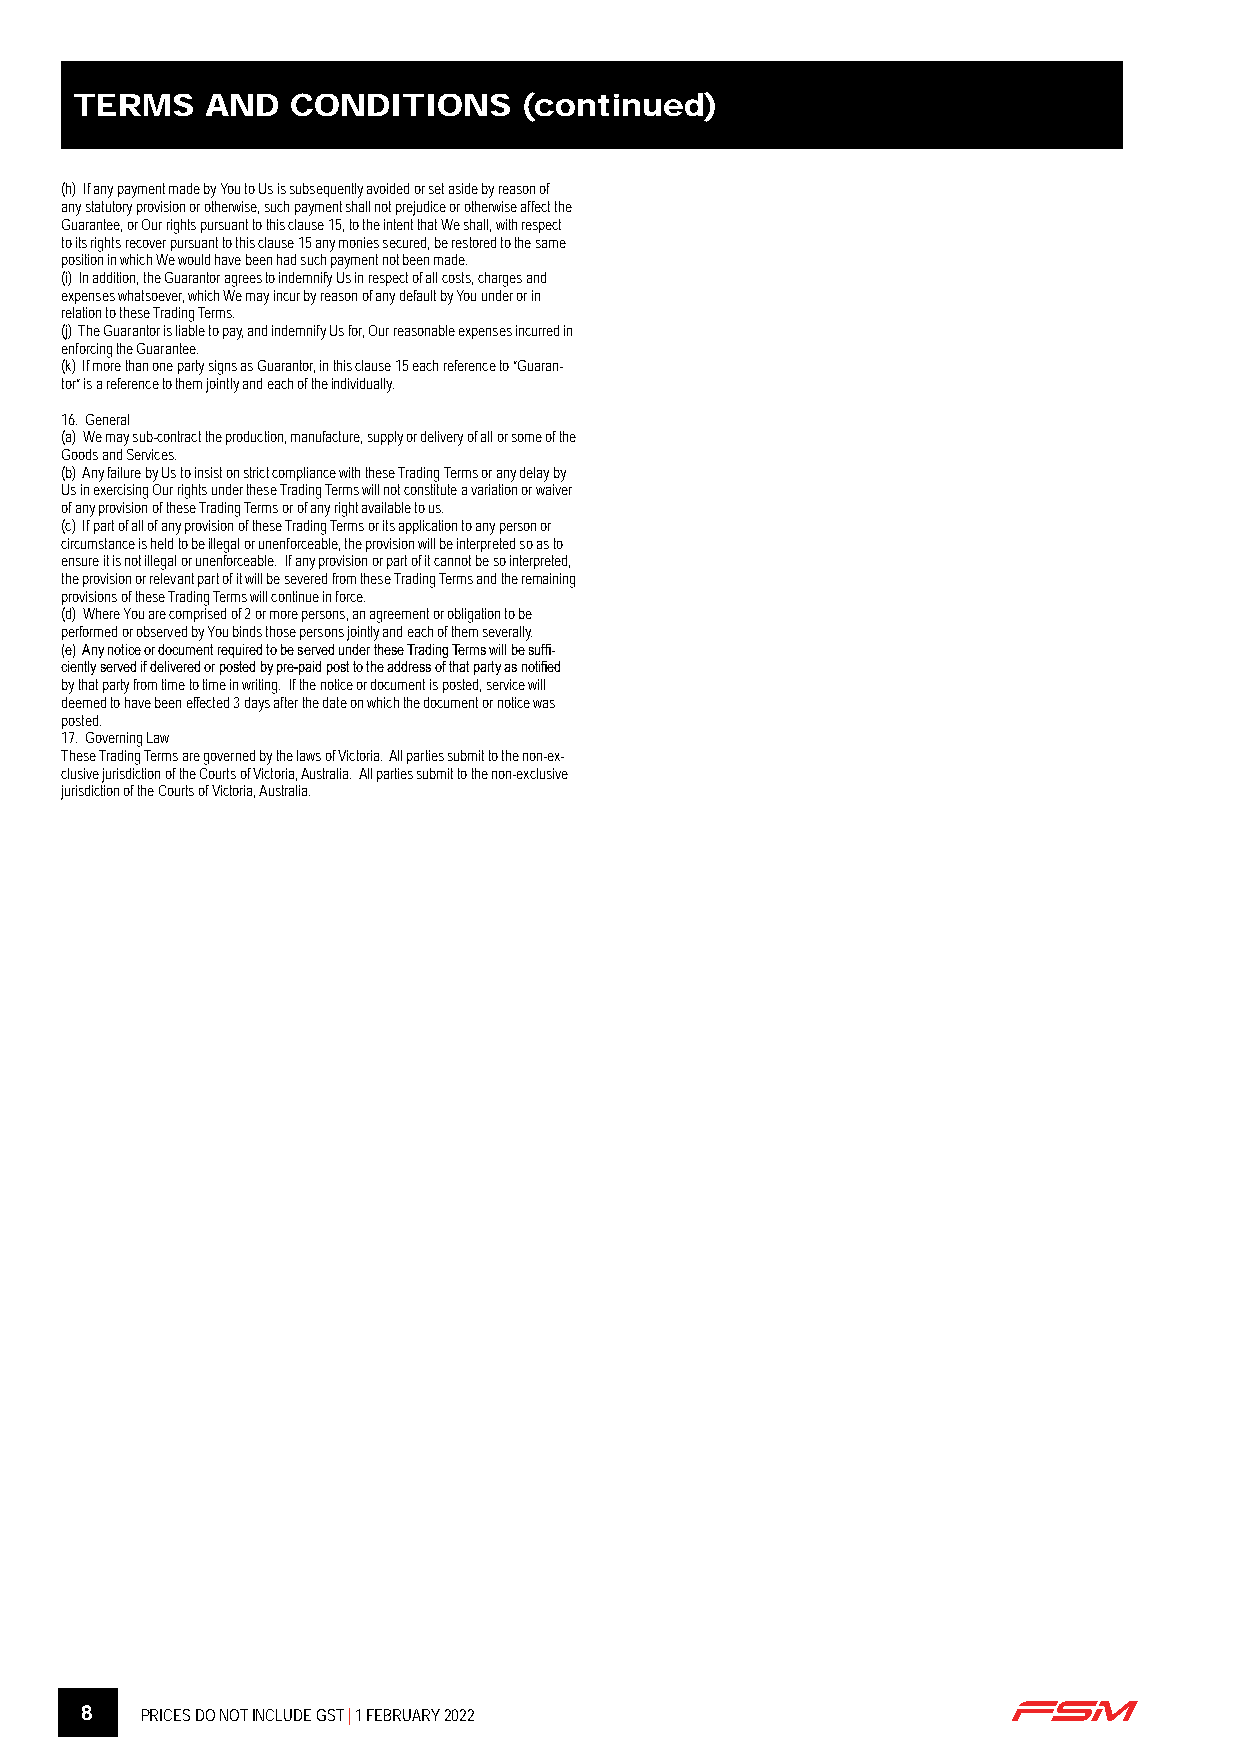
TERMS    AND  CONDITIONS      (continued)
 (h) If any payment made by You to Us is subsequently avoided or set aside by reason of
 any statutory provision or otherwise, such payment shall not prejudice or otherwise affect the
 Guarantee, or Our rights pursuant to this clause 15, to the intent that We shall, with respect
 to its rights recover pursuant to this clause 15 any monies secured, be restored to the same
 position in which We would have been had such payment not been made.
 (i) In addition, the Guarantor agrees to indemnify Us in respect of all costs, charges and
 expenses whatsoever, which We may incur by reason of any default by You under or in
 relation to these Trading Terms.
 (j) The Guarantor is liable to pay, and indemnify Us for, Our reasonable expenses incurred in
 enforcing the Guarantee.
 (k) If more than one party signs as Guarantor, in this clause 15 each reference to “Guaran-
 tor” is a reference to them jointly and each of the individually.
 16. General
 (a) We may sub-contract the production, manufacture, supply or delivery of all or some of the
 Goods and Services.
 (b) Any failure by Us to insist on strict compliance with these Trading Terms or any delay by
 Us in exercising Our rights under these Trading Terms will not constitute a variation or waiver
 of any provision of these Trading Terms or of any right available to us.
 (c) If part of all of any provision of these Trading Terms or its application to any person or
 circumstance is held to be illegal or unenforceable, the provision will be interpreted so as to
 ensure it is not illegal or unenforceable. If any provision or part of it cannot be so interpreted,
 the provision or relevant part of it will be severed from these Trading Terms and the remaining
 provisions of these Trading Terms will continue in force.
 (d) Where You are comprised of 2 or more persons, an agreement or obligation to be
 performed or observed by You binds those persons jointly and each of them severally.
 (e) Any notice or document required to be served under these Trading Terms will be suffi-
 ciently served if delivered or posted by pre-paid post to the address of that party as notified
 by that party from time to time in writing. If the notice or document is posted, service will
 deemed to have been effected 3 days after the date on which the document or notice was
 posted.
 17. Governing Law
 These Trading Terms are governed by the laws of Victoria. All parties submit to the non-ex-
 clusive jurisdiction of the Courts of Victoria, Australia. All parties submit to the non-exclusive
 jurisdiction of the Courts of Victoria, Australia.
 8   PRICES DO NOT INCLUDE GST | 1 FEBRUARY 2022